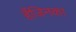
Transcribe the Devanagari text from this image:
हैंजिनका